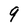
Character: 9